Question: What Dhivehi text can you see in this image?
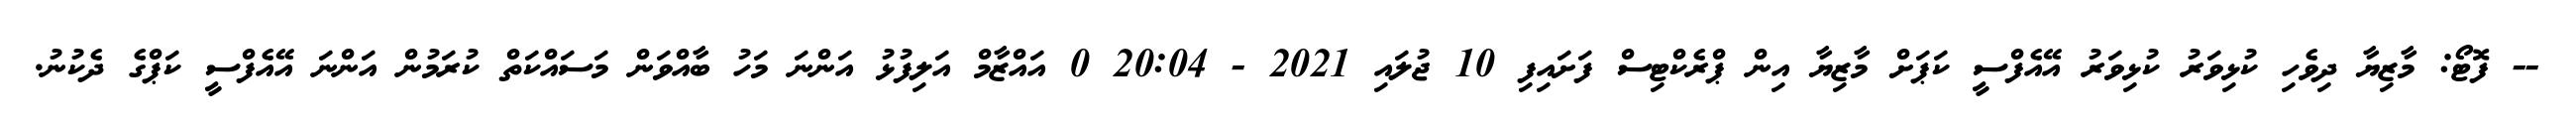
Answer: -- ފޮޓޯ: މާޒިޔާ ދިވެހި ކުޅިވަރު ކުޅިވަރު އޭއެފްސީ ކަޕަށް މާޒިޔާ އިން ޕްރެކްޓިސް ފަށައިފި 10 ޖުލައި 2021 - 20:04 0 އައްޒާމް އަލިފުޅު އަންނަ މަހު ބާއްވަން މަސައްކަތް ކުރަމުން އަންނަ އޭއެފްސީ ކަޕްގެ ދެކުނު.